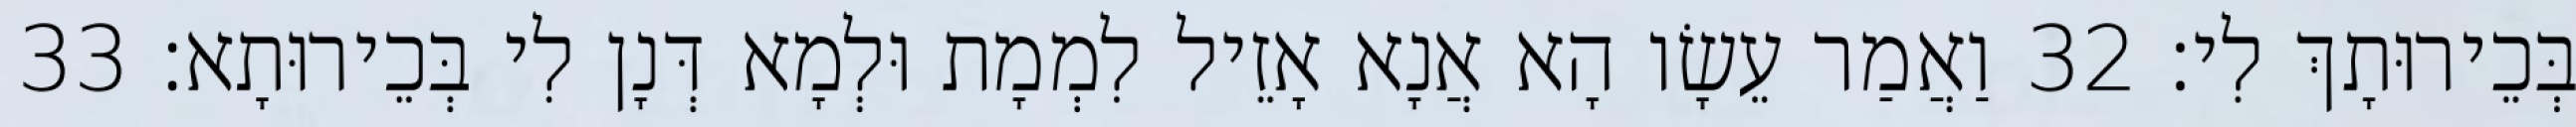
בְּכֵירוּתָךְ לִי׃ 32 וַאֲמַר עֵשָׂו הָא אֲנָא אָזֵיל לִמְמָת וּלְמָא דְּנָן לִי בְּכֵירוּתָא׃ 33